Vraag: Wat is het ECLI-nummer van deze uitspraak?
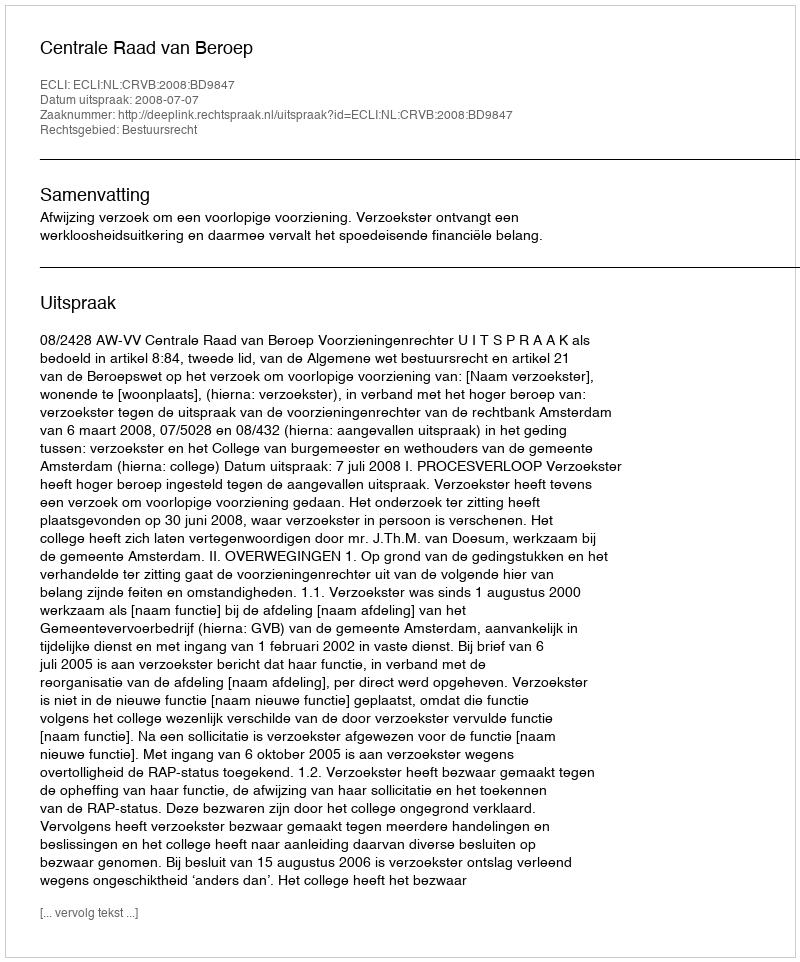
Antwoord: ECLI:NL:CRVB:2008:BD9847